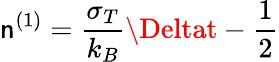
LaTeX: \mathsf{n}^{(1)}=\frac{{\sigma_{T}}}{{k_{B}}}\Deltat-\frac{{1}}{{2}}